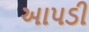
આપડી